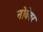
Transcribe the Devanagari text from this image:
नोवेबर